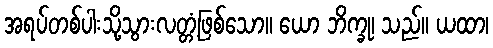
အရပ်တစ်ပါးသို့သွားလတ္တံ့ဖြစ်သော။ ယော ဘိက္ခု၊ သည်။ ယထာ၊